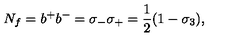
N _ { f } = b ^ { + } b ^ { - } = \sigma _ { - } \sigma _ { + } = \frac { 1 } { 2 } ( 1 - \sigma _ { 3 } ) ,